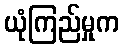
ယုံကြည်မှုက